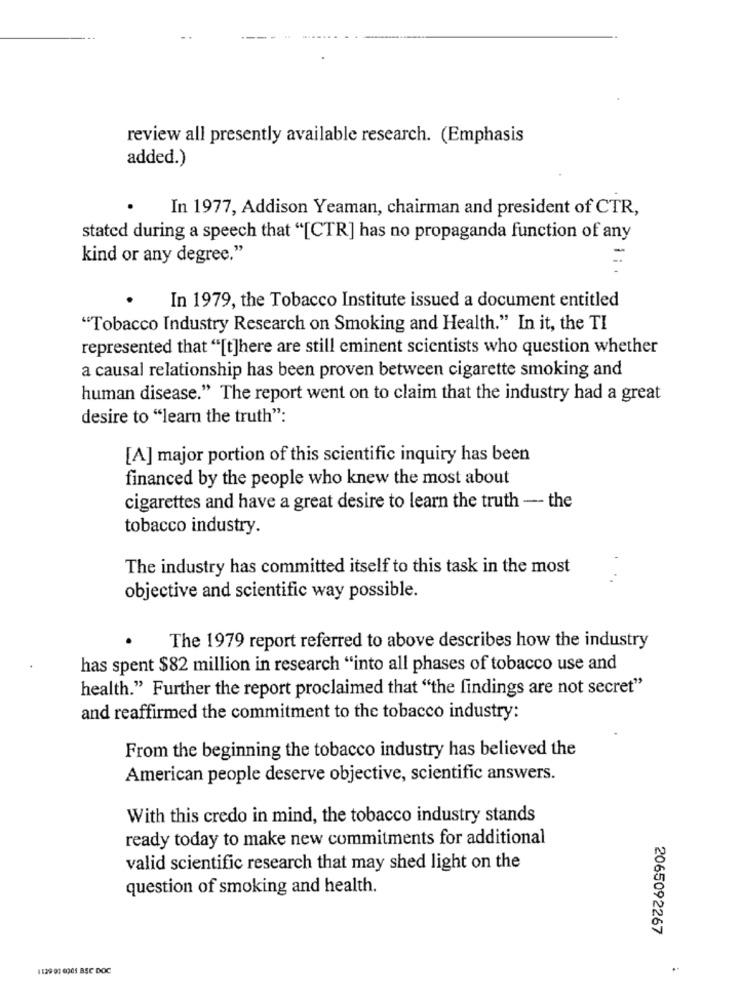
review all presently available research. (Emphasis
added.)
In 1977, Addison Yeaman, chairman and president of CTR,
stated during a speech that "[CTR] has no propaganda function of any
kind or any degree."
In 1979, the Tobacco Institute issued a document entitled
"Tobacco Industry Research on Smoking and Health." In it, the TI
represented that "[t]here are still eminent scientists who question whether
a causal relationship has been proven between cigarette smoking and
human disease." The report went on to claim that the industry had a great
desire to "learn the truth":
[A] major portion of this scientific inquiry has been
financed by the people who knew the most about
cigarettes and have a great desire to learn the truth - the
tobacco industry.
The industry has committed itself to this task in the most
objective and scientific way possible.
The 1979 report referred to above describes how the industry
has spent $82 million in research "into all phases of tobacco use and
health." Further the report proclaimed that "the findings are not secret"
and reaffirmed the commitment to the tobacco industry:
From the beginning the tobacco industry has believed the
American people deserve objective, scientific answers.
With this credo in mind, the tobacco industry stands
ready today to make new commitments for additional
valid scientific research that may shed light on the
question of smoking and health.
2065092267
1139 01 6005 BSC DOC
..